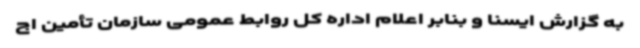
به گزارش ایسنا و بنابر اعلام اداره کل روابط عمومی سازمان تأمین اج